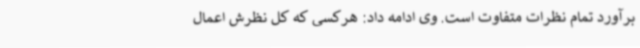
برآورد تمام نظرات متفاوت است. وی ادامه داد: هرکسی که کل نظرش اعمال